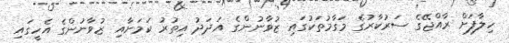
ހިލާފަށް ރާއްޖޭގެ ސަރުކާރުގެ މަގާމުތަކުގައި ޒުވާނުންގެ އަދަދު އިތުރު ކަމަށާއި ޒުވާނުންގެ އެހީގައި